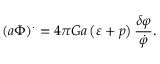
\left( a \Phi \right) ^ { . } = 4 \pi G a \left( \varepsilon + p \right) \frac { \delta \varphi } { \dot { \varphi } } .